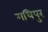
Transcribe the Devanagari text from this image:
गधिपुर